Sanitation, dispensaries and jails vaccination Rajputana 1922-1927 - 1922-1927
Year: 1922
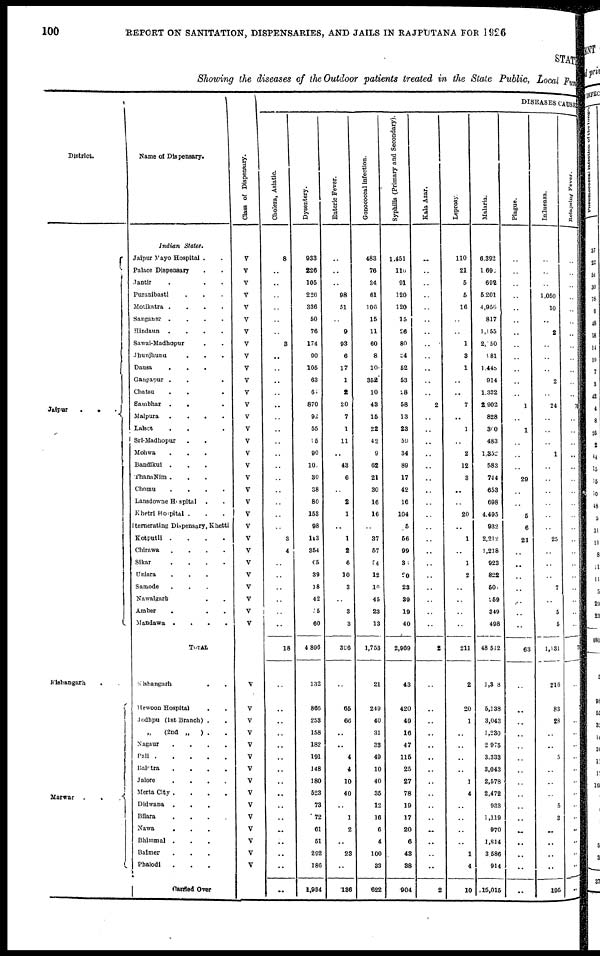
100
REPORT ON SANITATION, DISPENSARIES, AND JAILS IN RAJPUTANA FOR 1926
STATE
Showing the diseases of the Outdoor patients treated in the State Public, Local Fund
District.
Jaipur
.
.
.
Kishangarh ..
Marwar
.
.
.
Name of Dispensary.
Indian
States.
Jaipur Mayo Hospital . .
Palace Dispensary . .
Jantir . . . .
Puranibasti
.
..
Motikatra
....
Sanganer .
.
.
.
Hindaun .
.
.
.
Sawai-Madhopur ..
Jhunjhunu
.
. .
Dausa ....
Gangapur ....
Chatsu
.
.
Sambhar
.
.
Malpura
.
.
.
.
Lalsot
.
. .
Sri-Madhopur
.
.
Mohwa
.
.
.
Bandikui ....
ThanaNim ....
Chomu
.
.
.
.
Lansdowne Hospital ..
Khetri Hospital ...
Itemerating Dispensary, Khetti
Kotputli .
.
.
.
Chirawa
.
.
.
.
Sikar
.
.
.
.
Uniara ....
Samode ....
Nawalgarh ...
Amber ...
Mandawa .
.
.
.
TOTAL .
Kishangarh
..
Hewoon Hospital
Jodhpur(1st Branch) .
„ (2nd „
) ..
Nagaur
.
.
.
.
Pali
Balotra
.
.
.
.
Jalore
.
.
.
.
Merta City .
.
.
.
Didwana
.
.
.
Bilara
.
.
.
.
Nawa
.
.
.
Bhimmal ....
Baimer
.
...
Phalodi ....
Carried Over
Class of Dispensary.
V
V
V
V
V
V
V
V
V
V
V
V
V
V
V
V
V
V
V
V
V
V
V
V
V
V
V
V
V
V
V
V
V
V
V
V
V
V
V
V
V
V
V
V
V
V
DISEASES CAUSES
Cholera, Asiatic.
8
..
..
..
..
..
..
3
..
..
..
..
..
..
..
..
..
..
..
..
..
..
..
3
4
..
..
..
..
..
..
18
..
..
..
..
..
..
..
..
..
..
..
..
..
..
..
..
Dysentery.
933
226
105
226
336
50
76
174
90
105
63
60
870
92
55
95
90
10
30
38
80
153
98
113
354
65
39
18
42
15
60
4,896
132
866
253
158
182
191
148
180
523
73
72
61
51
292
186
1,984
Enteric Fever.
..
..
..
98
51
..
9
93
6
17
1
2
20
7
1
11
..
43
6
..
2
1
..
1
2
6
10
3
..
3
3
396
..
65
66
..
..
4
4
10
40
..
1
2
..
23
..
136
Gonococcal infection.
483
76
34
61
106
15
11
60
8
10
352
10
43
15
22
42
9
62
21
30
16
16
..
37
57
54
12
10
45
23
13
1,753
21
249
40
31
33
49
10
40
35
12
16
6
4
100
33
622
Syphilis (Primary and Secondary).
1,451
110
91
120
120
15
26
80
34
52
53
28
58
13
23
59
34
89
17
42
16
104
5
56
99
30
20
23
39
19
40
2,969
43
420
49
16
47
115
25
27
78
19
17
20
6
48
38
904
Kala Azar.
..
..
..
..
..
..
..
..
..
..
..
..
2
..
..
..
..
..
..
..
..
..
..
..
..
..
..
..
..
..
..
2
..
..
..
..
..
..
..
..
..
..
..
..
..
..
..
2
Leprosy.
110
21
5
5
16
..
..
1
3
1
..
..
7
..
1
..
2
12
3
..
..
20
..
1
..
1
2
..
..
..
..
211
2
20
1
..
..
..
..
1
4
..
..
..
..
1
4
10
Malaria.
6,392
1,692
692
5,201
4,956
817
1,155
2,050
181
1.448
914
1,332
2,902
828
300
483
1,352
583
744
653
698
4,495
932
2,212
1,218
923
822
500
259
349
498
48,512
1,308
5,138
3,043
1,230
2, 975
3,333
3,043
2,578
2,472
933
1,119
970
1,814
3,586
914
.15,015
Plague.
..
..
..
..
..
..
..
..
..
..
..
..
1
..
1
..
..
..
29
..
..
5
6
21
..
..
..
..
..
..
..
63
..
..
..
..
..
..
..
..
..
..
..
..
..
..
..
..
Infuenza.
..
..
..
1,050
10
..
2
..
..
..
2
..
24
..
..
..
1
..
..
..
..
..
..
25
..
..
..
7
..
5
5
1,131
216
83
28
..
..
5
..
..
..
5
3
..
..
..
..
195
Relapsing Fever.
..
..
..
..
..
..
..
..
..
..
..
..
70
..
..
..
..
..
..
..
..
..
..
..
..
..
..
..
..
..
..
70
..
..
..
..
..
..
..
..
..
..
..
..
..
..
..
..